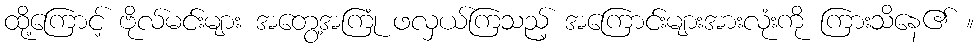
ထို့ကြောင့် ဗိုလ်မင်းများ အတွေ့အကြုံ ဖလှယ်ကြသည့် အကြောင်းများအားလုံးကို ကြားသိနေ၏ ။